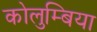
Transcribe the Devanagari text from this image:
कोलुम्बिया